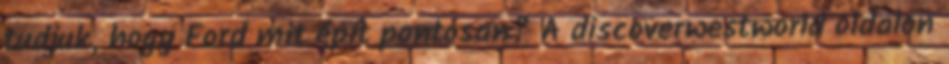
tudjuk, hogy Ford mit épít pontosan? A discoverwestworld oldalon